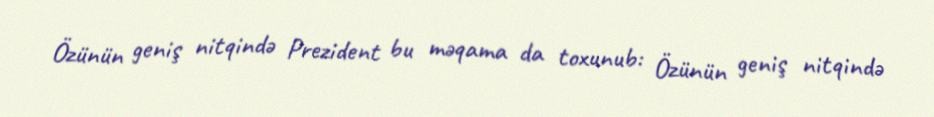
Özünün geniş nitqində Prezident bu məqama da toxunub: Özünün geniş nitqində